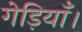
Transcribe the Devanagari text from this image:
गेड़ियाँ।